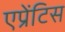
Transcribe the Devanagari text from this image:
एप्रेंटिस